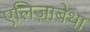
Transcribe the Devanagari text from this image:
एलिज़ाबेथा